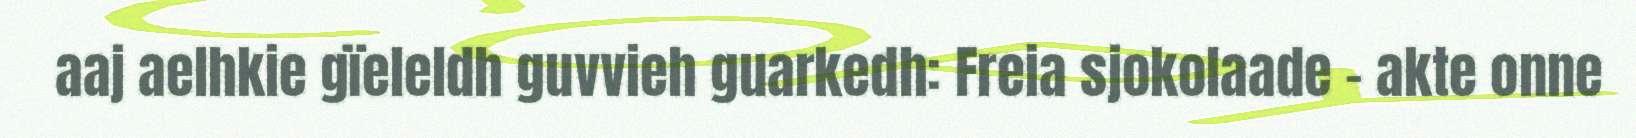
aaj aelhkie gïeleldh guvvieh guarkedh: Freia sjokolaade – akte onne